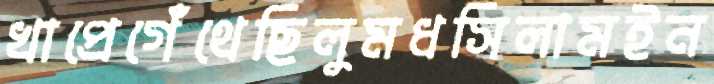
খাপ্রেগেঁথেছিলুমধসিলামইন